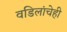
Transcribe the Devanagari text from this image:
वडिलांचेही